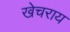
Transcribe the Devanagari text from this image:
खेचराय